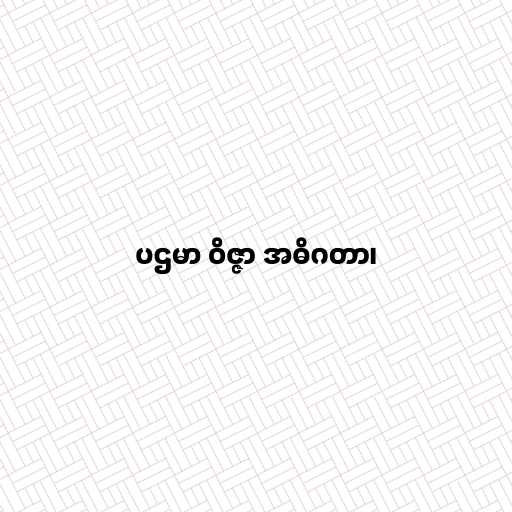
ပဌမာ ဝိဇ္ဇာ အဓိဂတာ၊